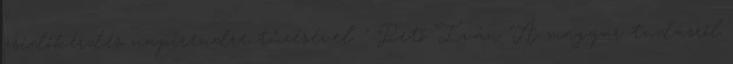
zsidókérdés napirendre tűzésével ." Pető Iván "A magyar tudásról